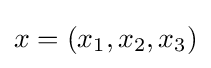
x=(x_{1},x_{2},x_{3})